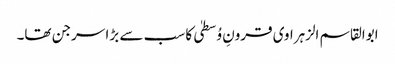
ابوالقاسم الزہراوی قرونِ وُسطیٰ کا سب سے بڑا سرجن تھا۔